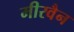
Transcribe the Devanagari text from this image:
मीरवैन